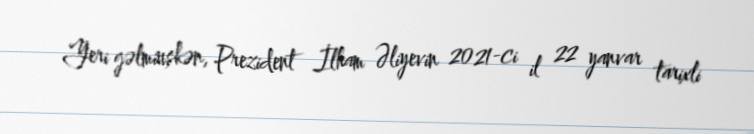
Yeri gəlmiuşkən, Prezident İlham Əliyevin 2021-ci il 22 yanvar tarixli